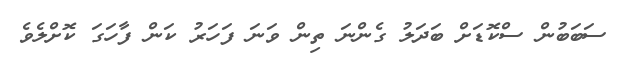
ސަބަބުން ސްކޮޑަށް ބަދަލު ގެންނަ ތިން ވަނަ ފަހަރު ކަން ފާހަގަ ކޮށްލެވެ